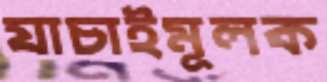
যাচাইমূলক